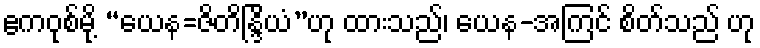
ဧကဝုစ်မို့ “ယေန=ဇိတိန္ဒြိယံ”ဟု ထားသည်၊ ယေန-အကြင် စိတ်သည် ဟု